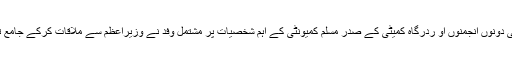
مرکزی وزیر اقلیتی امور مختار عباس نقوی کے مطابق اجمیر شریف درگاہ کی دونوں انجمنوں او ردرگاہ کمیٹی کے صدر مسلم کمیونٹی کے اہم شخصیات پر مشتمل وفد نے وزیراعظم سے ملاقات کرکے جامع ترقی اور ملک کے تحفظ کے لئے ان کے مضبوط ارادے پر مبارکباد پیش کی۔